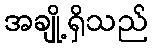
အချို့ရှိသည်